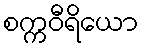
စက္ကဝီရိယော